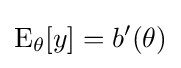
\operatorname {E} _{\theta }[y]=b'(\theta )